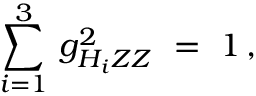
\sum _ { i = 1 } ^ { 3 } \, g _ { H _ { i } Z Z } ^ { 2 } \ = \ 1 \, ,